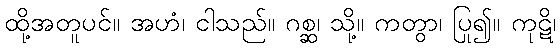
ထို့အတူပင်။ အဟံ၊ ငါသည်။ ဂစ္ဆ၊ သို့။ ကတွာ၊ ပြု၍။ ကုဋိ၊